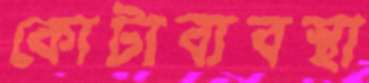
কোটাব্যবস্থা